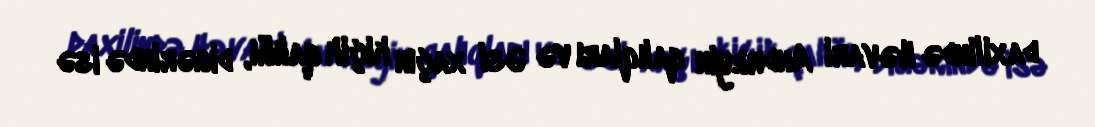
daxilində Həvari Andreyin qalıqları və Əsl xaçın kiçik qalığı, digərində isə